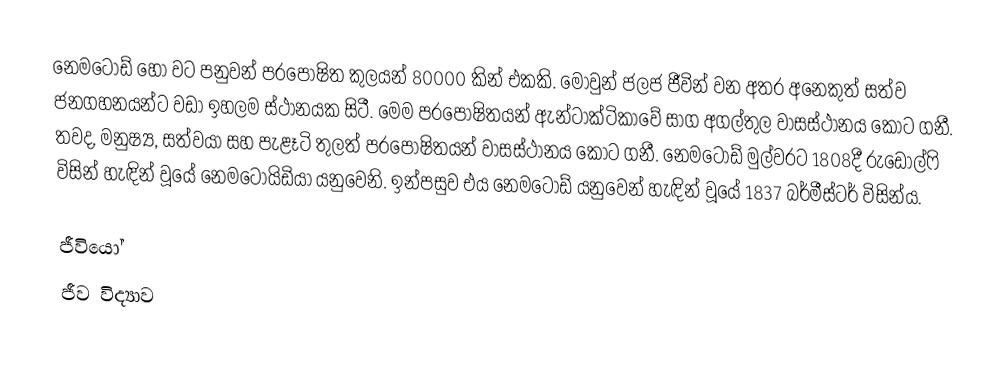
නෙමටෝඩ් හෝ වට පනුවන් පරපෝෂිත කුලයන් 80000 කින් එකකි. මොවුන් ජලජ ජීවින් වන අතර අනෙකුත් සත්ව ජනගහනයන්ට වඩා ඉහලම ස්ථානයක සිටී. මෙම පරපෝෂිතයන් ඇන්ටාක්ටිකාවේ සාග අගල්තුල වාසස්ථානය කොට ගනී. තවද, මනුෂ්‍ය, සත්වයා සහ පැළෑටි තුලත් පරපෝෂිතයන් වාසස්ථානය කොට ගනී. නෙමටෝඩ් මුල්වරට 1808දී රුඩෝල්ෆි විසින් හැඳින් වූයේ නෙමටොයිඩියා යනුවෙනි. ඉන්පසුව එය නෙමටෝඩ් යනුවෙන් හැඳින් වූයේ 1837 බර්මීස්ටර් විසින්ය.

ජීවියෝ
ජීව විද්‍යාව